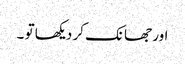
اور جھانک کر دیکھا تو ۔